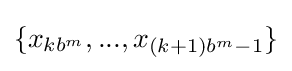
\{x_{kb^{m}},...,x_{(k+1)b^{m}-1}\}